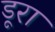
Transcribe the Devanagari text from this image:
डूरा